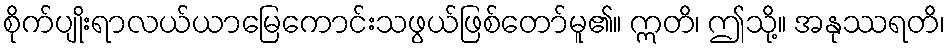
စိုက်ပျိုးရာလယ်ယာမြေကောင်းသဖွယ်ဖြစ်တော်မူ၏။ ဣတိ၊ ဤသို့။ အနုဿရတိ၊